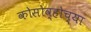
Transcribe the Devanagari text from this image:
कोसोव्होच्या